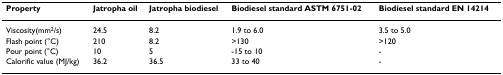
<table><thead><tr><td><b>Property</b></td><td><b>Jatropha oil</b></td><td><b>Jatropha biodiesel</b></td><td><b>Biodiesel standard ASTM 6751-02</b></td><td><b>Biodiesel standard EN 14214</b></td></tr></thead><tbody><tr><td>Viscosity(mm<sup>2</sup>/s)</td><td>24.5</td><td>8.2</td><td>1.9 to 6.0</td><td>3.5 to 5.0</td></tr><tr><td>Flash point (°C)</td><td>210</td><td>8.2</td><td>&gt;130</td><td>&gt;120</td></tr><tr><td>Pour point (°C)</td><td>10</td><td>5</td><td>-15 to 10</td><td>-</td></tr><tr><td>Calorific value (MJ/kg)</td><td>36.2</td><td>36.5</td><td>33 to 40</td><td>-</td></tr></tbody></table>